Vaccination Hyderabad 1872-1889 - 1872-1889
Year: 1872
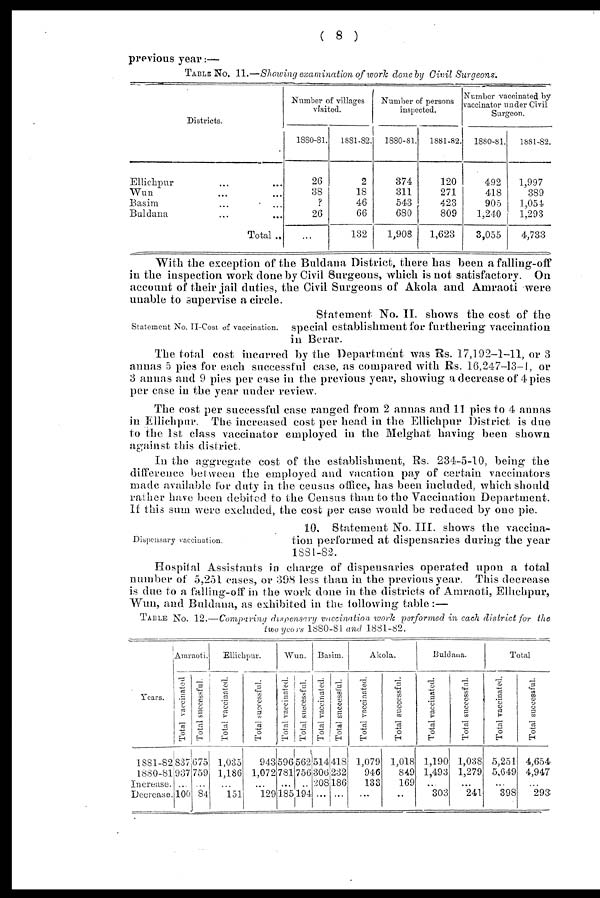
( 8 )
previous year:—
TABLE No. 11.—Showing examination of work done by Civil Surgeons.
Districts.
Ellichpur ... ...
Wun ... ...
Basim ... ...
Buldana ... ...
Total ..
Number of villages
visited.
1880-81.
26
38
?
26
...
1881-82.
2
18
46
66
132
Number of persons
inspected.
1880-81.
374
311
543
680
1,908
1881-82.
120
271
423
809
1,623
Number vaccinated by
vaccinator under Civil
Surgeon.
1880-81.
492
418
905
1,240
3,055
1881-82.
1,997
389
1,054
1,293
4,733
With the exception of the Buldana District, there has been a falling-off
in the inspection work done by Civil Surgeons, which is not satisfactory. On
account of their jail duties, the Civil Surgeons of Akola and Amraoti were
unable to supervise a circle.
Statement No. II-Cost of vaccination.
Statement No. II. shows the cost of the
special establishment for furthering vaccination
in Berar.
The total cost incurred by the Department was Rs. 17,192-1-11, or 3
annas 5 pies for each successful case, as compared with Rs. 16,247-13-1, or
3 annas and 9 pies per case in the previous year, showing a decrease of 4 pies
per case in the year under review.
The cost per successful case ranged from 2 annas and 11 pies to 4 annas
in Ellichpur. The increased cost per head in the Ellichpur District is due
to the 1st class vaccinator employed in the Melghat having been shown
against this district.
In the aggregate cost of the establishment, Rs. 234-5-10, being the
difference between the employed and vacation pay of certain vaccinators
made available for duty in the census office, has been included, which should
rather have been debited to the Census than to the Vaccination Department.
If this sum were excluded, the cost per case would be reduced by one pie.
Dispensary vaccination.
10. Statement No. III. shows the vaccina-
tion performed at dispensaries during the year
1881-82.
Hospital Assistants in charge of dispensaries operated upon a total
number of 5,251 cases, or 398 less than in the previous year. This decrease
is due to a falling-off in the work done in the districts of Amraoti, Ellichpur,
Wun, and Buldana, as exhibited in the following table:—
TABLE No. 12.—Comparing dispensary vaccination work performed in each district for the
two years 1880-81 and 1881-82.
Years.
1881-82
1880-81
Increase.
Decrease.
Amraoti.
Total vaccinated
837
937
...
100
Total successful.
675
759
...
84
Ellichpur.
Total vaccinated.
1,035
1,186
...
151
Total successful.
943
1,072
...
129
Wun.
Total vaccinated.
596
781
...
185
Total successful.
562
756
...
194
Basim.
Total vaccinated.
514
306
208
...
Total successful.
418
232
186
...
Akola.
Total vaccinated.
1,079
946
133
...
Total successful.
1,018
849
169
...
Buldana.
Total vaccinated.
1,190
1,493
...
303
Total successful.
1,038
1,279
...
241
Total
Total vaccinated.
5,251
5,649
...
398
Total successful.
4,654
4,947
...
293